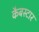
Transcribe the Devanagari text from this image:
कैबस्टार